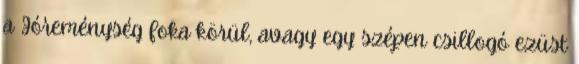
a Jóreménység foka körül, avagy egy szépen csillogó ezüst